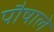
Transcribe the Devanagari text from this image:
पौषाले